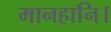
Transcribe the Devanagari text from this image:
मानहानि।